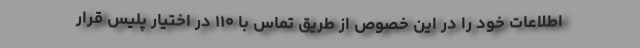
اطلاعات خود را در این خصوص از طریق تماس با ۱۱۰ در اختیار پلیس قرار